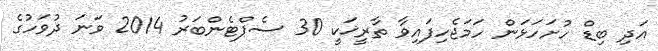
އަދި ބިޑް ހުށަހަޅަން ހަމަޖެހިފައިވާ ތާރީޚަކީ 30 ސެޕްޓެންބަރު 2014 ވަނަ ދުވަހުގެ